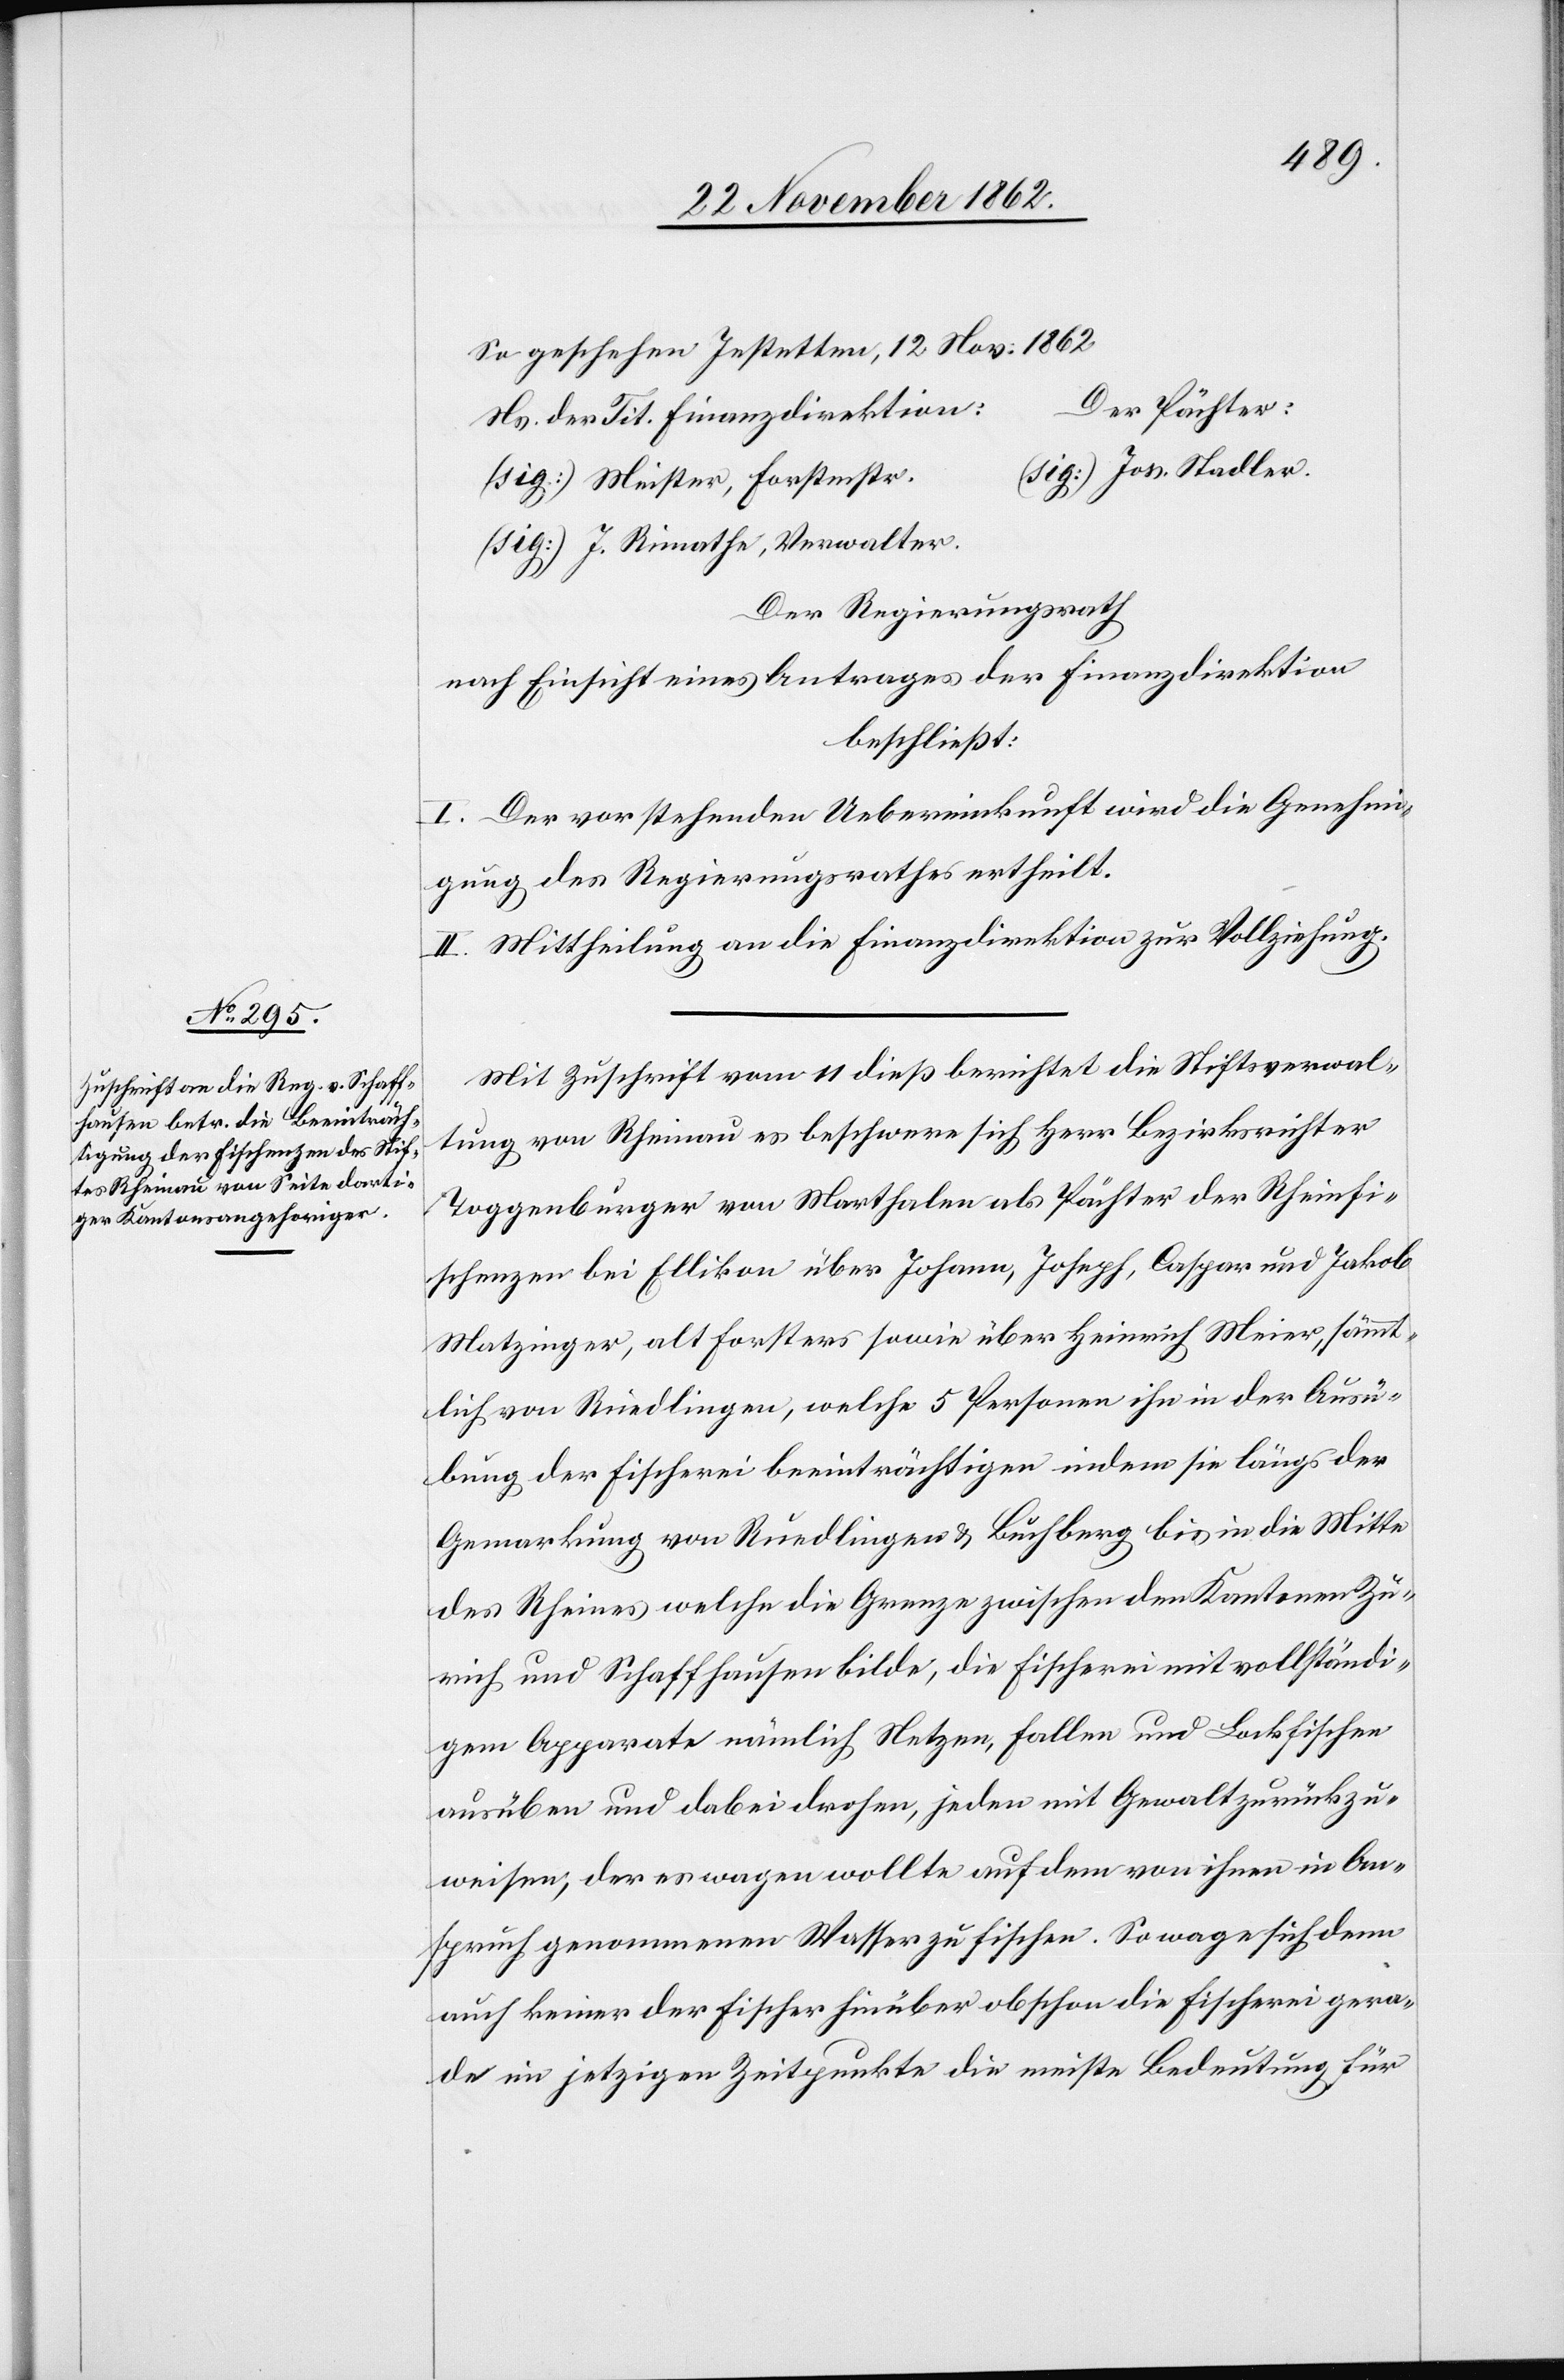
So geschehen Jestetten, 12. Nov: 1862
r.	(s¬
er Pächter:
Ns. der Tit. Finanzdirektio¬
ig:) Jos. Stadler.
(sig:) Meister Forstmst¬
(sig:) J. Rimathe, Verwalter.
Der Regierungsrath
nach Einsicht eines Antrages der Finanzdirektion
beschließt:
I. Der vorstehenden Uebereinkunft wird die Genehmi¬
gung des Regierungsrathes ertheilt.
II. Mittheilung an die Finanzdirektion zur Vollziehung.
Mit Zuschrift vom 11. dieß berichtet die Stiftsverwal¬
tung von Rheinau es beschwere sich Herr Bezirksrichter
Toggenburger von Marthalen als Pächter der Rheinfi¬
schenzen bei Ellikon über Johann, Joseph, Caspar und Jakob
Matzinger, alt Forsters sowie über Heinrich Meier, sämmt¬
lich von Ruedlingen [sic!], welche 5 Personen ihn in der Ausü¬
bung der Fischerei beeinträchtigen indem sie längs der
Gemarkung von Ruedlingen u. Buchberg bis in die Mitte
des Rheines welche die Grenze zwischen den Kantonen Zü¬
rich und Schaffhausen bilde, die Fischerei mit vollständi¬
gem Apparate nämlich Netzen, fallen und Lockfischen
ausüben u. dabei drohen, jeden mit Gewalt zurück zu¬
weisen, der es wagen wollte auf dem von ihnen in An¬
spruch genommenen Wasser zu fischen. So wage sich denn
auch keiner der Fischer hinüber obschon die Fischerei gera¬
de im jetzigen Zeitpunkte die meiste Bedeutung für